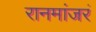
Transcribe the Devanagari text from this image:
रानमांजरं